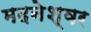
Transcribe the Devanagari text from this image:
मदनेश्वर